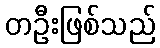
တဦးဖြစ်သည်